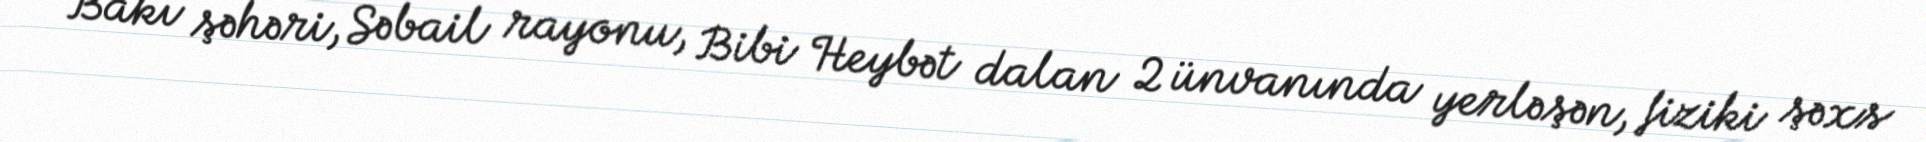
Bakı şəhəri, Səbail rayonu, Bibi Heybət dalan 2 ünvanında yerləşən, fiziki şəxs